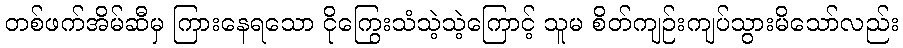
တစ်ဖက်အိမ်ဆီမှ ကြားနေရသော ငိုကြွေးသံသဲ့သဲ့ကြောင့် သူမ စိတ်ကျဉ်းကျပ်သွားမိသော်လည်း